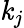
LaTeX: \mathit{k}_{j}